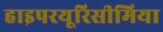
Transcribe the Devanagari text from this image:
हाइपरयूरिसीमिया